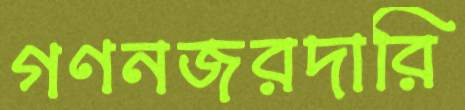
গণনজরদারি